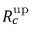
R _ { c } ^ { \mathrm { u p } }